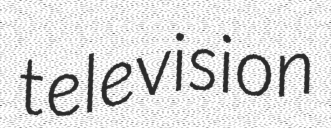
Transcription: television